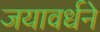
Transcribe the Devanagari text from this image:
जयावर्धने